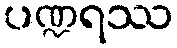
ပဏ္ဍရဿ